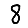
Digit: 8